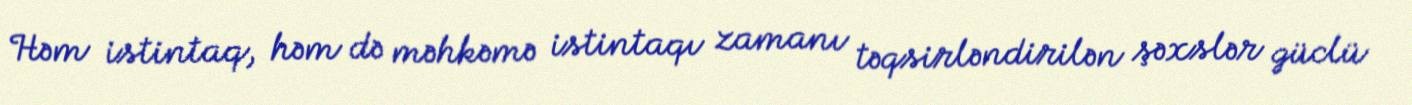
Həm istintaq, həm də məhkəmə istintaqı zamanı təqsirləndirilən şəxslər güclü